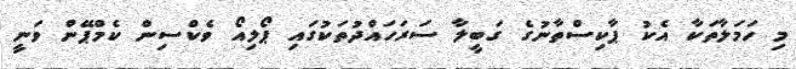
މި ހަމަލާތަކާ އެކު ޕާކިސްތާނުގެ ގަބީލާ ސަރަހައްދުތަކުގައި ޕޯލިއޯ ވެކްސިން ކެމްޕޭން ވަނީ